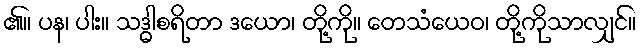
၏။ ပန၊ ပါး။ သဒ္ဓါစရိတာ ဒယော၊ တို့ကို။ တေသံယေဝ၊ တို့ကိုသာလျှင်။